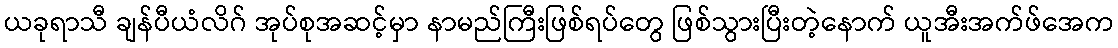
ယခုရာသီ ချန်ပီယံလိဂ် အုပ်စုအဆင့်မှာ နာမည်ကြီးဖြစ်ရပ်တွေ ဖြစ်သွားပြီးတဲ့နောက် ယူအီးအက်ဖ်အေက